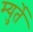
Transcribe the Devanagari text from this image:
म्युर्ते